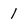
Character: 1